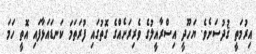
އިރުމަތީ ޤުދުސަށެވެ. ޔަހޫދީ އިސްރާއީލުގެ ވެރިރަށެއްގެ ގޮތުގައި ފުރަތަމަ ކަނޑައަޅާފައި އޮތީ ހަމަ